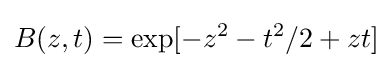
B(z,t)=\exp[-z^{2}-t^{2}/2+zt]